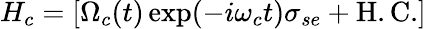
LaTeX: H_{c}=[\Omega_{c}(t)\exp(-i\omega_{c}t)\sigma_{se}+\mathrm{{H.C.}]}